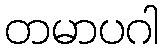
တမာပဂါ